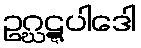
ဥဂ္ဃဋ္ဋပါဒေါ